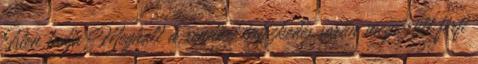
Isten tudja Meghalt a rendőri intézkedés során megsérült férfi